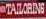
tailoring